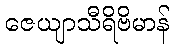
ဇေယျာသီရိဗိမာန်